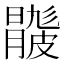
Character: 𥀦